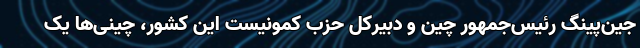
جین‌پینگ رئیس‌جمهور چین و دبیرکل حزب کمونیست این کشور، چینی‌ها یک